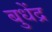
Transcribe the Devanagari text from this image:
बुधेंद्र